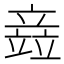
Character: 𫁪